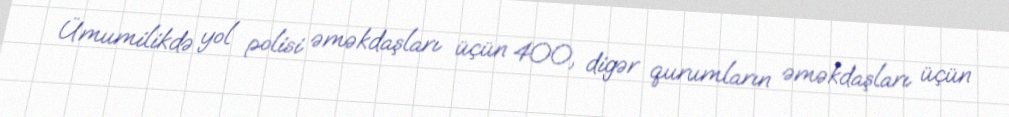
Ümumilikdə yol polisi əməkdaşları üçün 400, digər qurumların əməkdaşları üçün